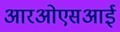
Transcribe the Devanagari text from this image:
आरओएसआई